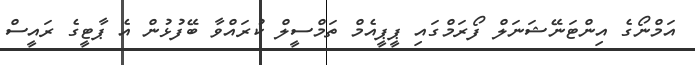
އަމްނޯގެ އިންޓަނޭޝަނަލް ފޯރަމްގައި ޕީޕީއެމް ތަމްސީލް ކުރައްވާ ބޭފުޅުން އެ ޕާޓީގެ ރައީސް